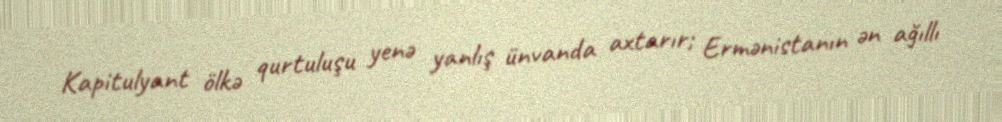
Kapitulyant ölkə qurtuluşu yenə yanlış ünvanda axtarır; Ermənistanın ən ağıllı